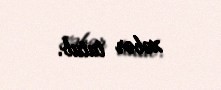
xəbər tutub.